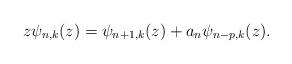
LaTeX: \begin{align*}z\psi_{n,k}(z)=\psi_{n+1,k}(z)+a_n\psi_{n-p,k}(z).\end{align*}